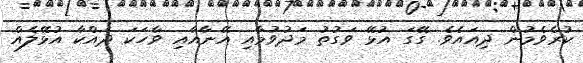
ކުރެވެމުން ދިއައެވެ. ގޭގަ އުޅޭ ވަގުތު މަދުވުމާއި އޭނާއާއި ވާހަކަ ދައްކާ އުޅޭލެއް